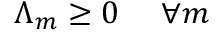
\Lambda _ { m } \geq 0 \ \ \ \ \forall m